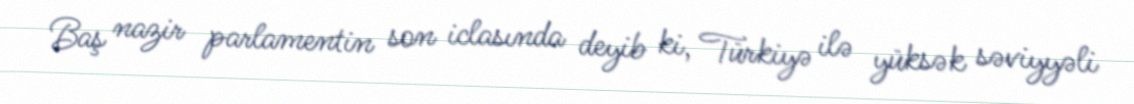
Baş nazir parlamentin son iclasında deyib ki, Türkiyə ilə yüksək səviyyəli